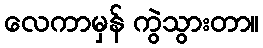
လေကာမှန် ကွဲသွားတာ။